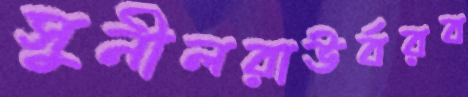
সুনীলরাউর্বরব